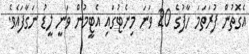
އެގޮތުން ފުރަތަމަ ހާފުގެ 20 ވަނަ މިނެޓުގައި އެޓީމުން ވަނީ ލީޑު ނަގާފައެވެ.